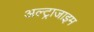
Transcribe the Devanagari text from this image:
अल्ट्राजाइम